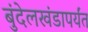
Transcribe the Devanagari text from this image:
बुंदेलखंडापर्यंत